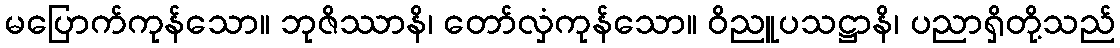
မပြောက်ကုန်သော။ ဘုဇိဿာနိ၊ တော်လှံကုန်သော။ ဝိညူပသဋ္ဌာနိ၊ ပညာရှိတို့သည်